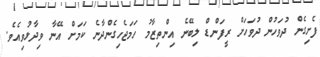
ފެށިގެން ދުވަހުން ދުވަހަށް ރީފަންޑް ލިބޭނެ އިންތިޒާމު ހަމަޖެހިގެންދާނެ ކަމަށް އޭނާ ވިދާޅުވިއެވެ.